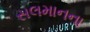
સલમાનના